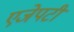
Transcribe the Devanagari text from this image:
एजेपटी